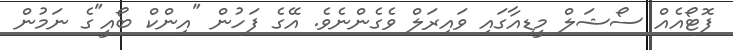
ފޮޓޯއެއް ސޯޝަލް މީޑިއާގައި ވައިރަލް ވެގެންނެވެ. އޭގެ ފަހުން "އިންކް ބޯއީ"ގެ ނަމުން